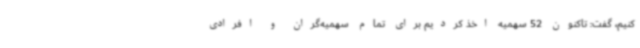
کنیم، گفت: تاکنون 52 سهمیه اخذ کردیم برای تمام سهمیه‌گران و افرادی